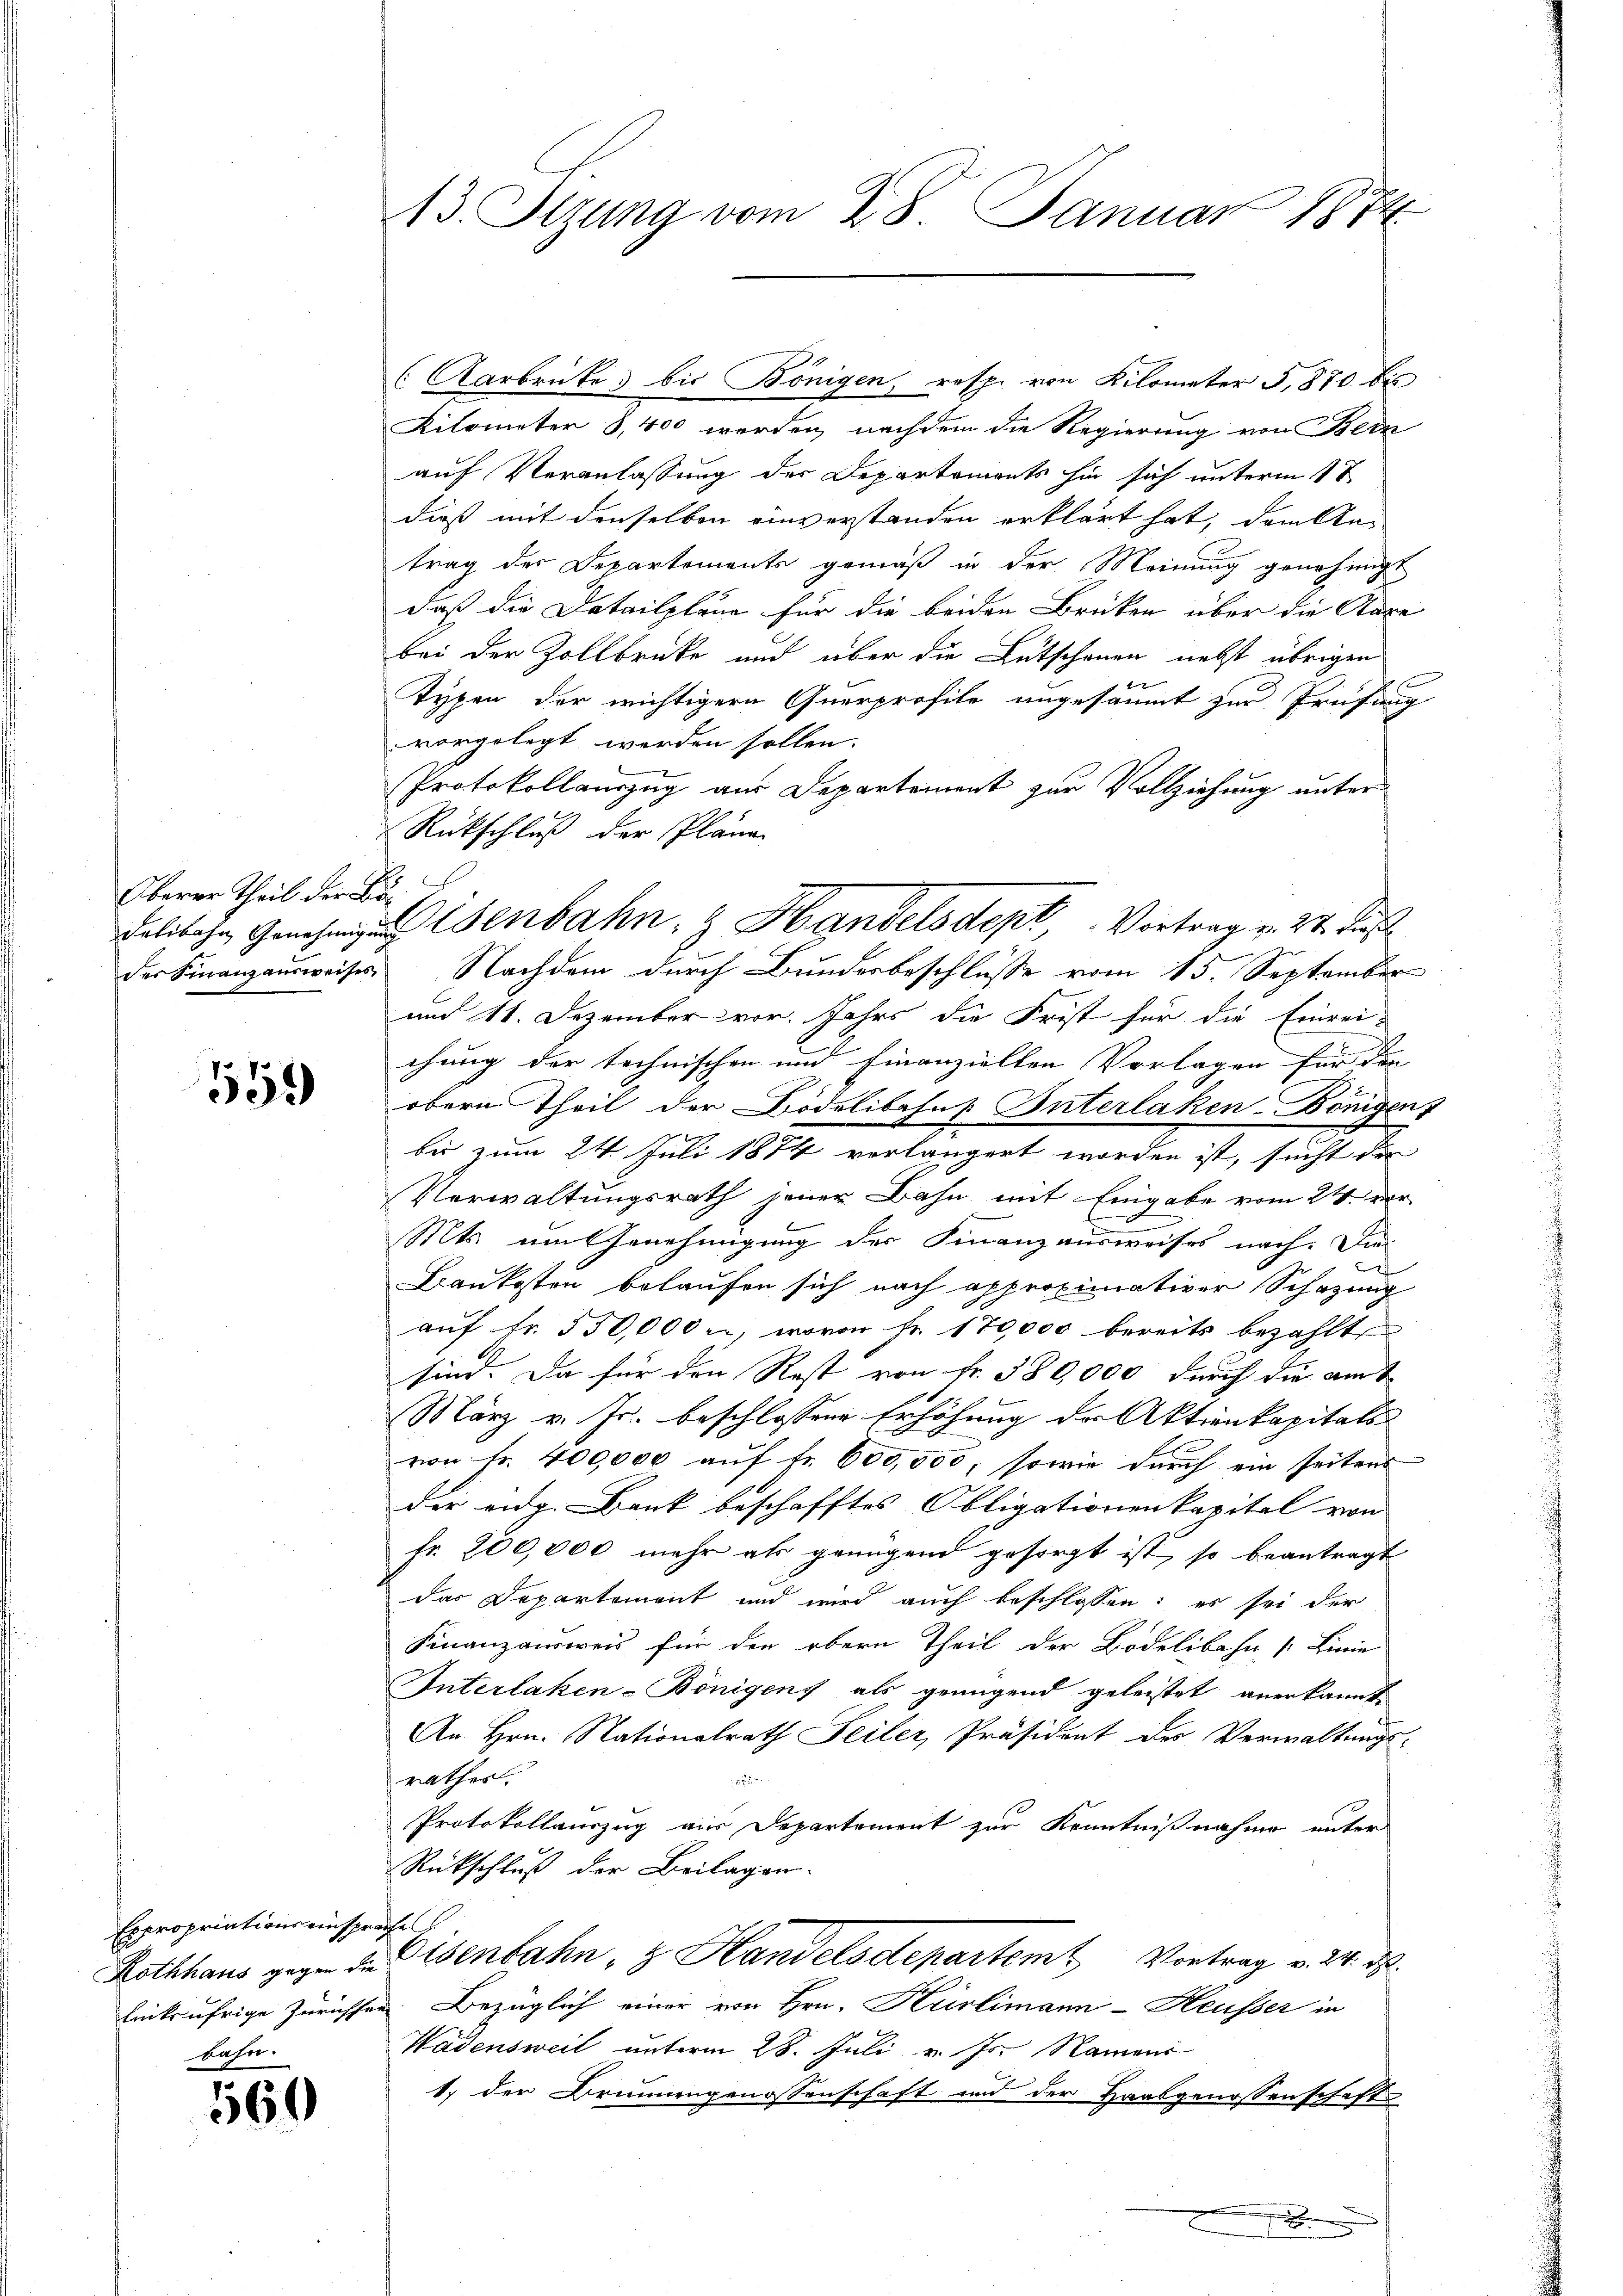
Oberer Theil der Bö¬

559

Expropriations einsprache
bahn.

560

13. Sizung vom 28. Januar 1874

(Aarbrücke bis Bönigen, resp. von Kilometer S. 870 bis
Kilometer 8,400 werden, nachdem die Regierung von Bern
auf Veranlassung der Departements hin sich unterm 17
dieß mit denselben einverstanden erklärt hat, dem Antrag der Departements gemäß in der Meinung genehmigt
daß die Detailpläne für die beiden Brüken über die Staxe
bei der Zollbrücke und über die Gutschauen nebst übrigen
Typen der wichtigern Querprofile angesäumt zur Prüfung
vorgelegt werden sollen.
Protokollauszug aus Departement zur Vollziehung unter
Rückschluß der Pläne
der Finanzausweises Nachdem durch Bundesbeschlüsse vom 15. September
und 11. Dezember vor. Jahrs die Frist für die Einrei-
chung der technischen und Finanziellen Vorlagen für den
obern Theil der Bödelibahns Interlaken-Dönigent
bei zum 24. Juli 1874 vorlängert worden ist, sucht der
Verwaltungsrath jener Bahn mit Eingabe vom 21. ver
Mts. um Genehmigung der Finanzausweises nach. Die
Baukosten belaufen sich nach approximativer Schazung
auf Fr. 550,000, wovon Fr. 170,000 bereits bezahlt
sind. Da für den Rest von Fr. 580,000 durch die amt
März v. Js. beschlossene Erhöhung der Aktienkapitals
von Fr. 400,000 auf fr. 600,000, sowie durch ein seitens
der eidg. Bank beschafftes Obligationenkapital von
Fr. 200,000 mehr als genügend gesorgt ist, so beantragt
das Departement und wird auch beschlossen: es sei der
Finanzausweis für die obern Theil der Bodelibahn [Linie
Interlaken-Bönigens als genügend geleistet anerkannt.
An Hrn. Nationalrath Teiler, Präsident des Verwaltungs-
rathes.

Protokollauszug aus Departement zur Kenntnißnahme unter
Rückschluß der Beilagen.
Rothhaus gegen die Eisenbahn, Handelsdepartem Vortrag v. 24. d.
lriksufrige Zürichsen. Bezüglich einer von Hrn. Kürlimann - Heusser in
Wädensweil unterm 28. Juli v. Js. Nament
1. der Brunnengenossenschaft und der Haabgenossenschaft

dalische Genehmigung enbahn- & Handelsdept Vortrag v. 24. Just

e